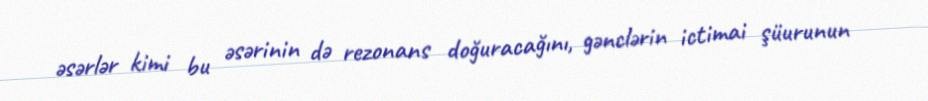
əsərlər kimi bu əsərinin də rezonans doğuracağını, gənclərin ictimai şüurunun